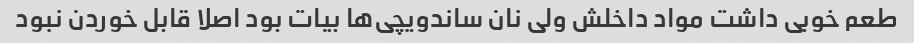
طعم خوبی داشت مواد داخلش ولی نان ساندویچی‌ها بیات بود اصلا قابل خوردن نبود